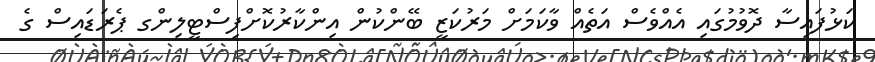
ކަޅުފައިސާ ދޮވުމުގައި އެއްވެސް އަތެއް ވާކަމަށް މަރުކަޒީ ބޭންކުން އިންކާރުކޮށްފިސްޓީލިންގ ޕެރަޑައިސް ގެ